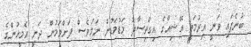
ބުނެފައި ވަނީ އިރުމަތީ އޭޝިއާގެ އިގްތިސާދު މަޑުމަޑުން ނަމަވެސް ދަށްވަމުން ދަނީ އެމީހުންގެ